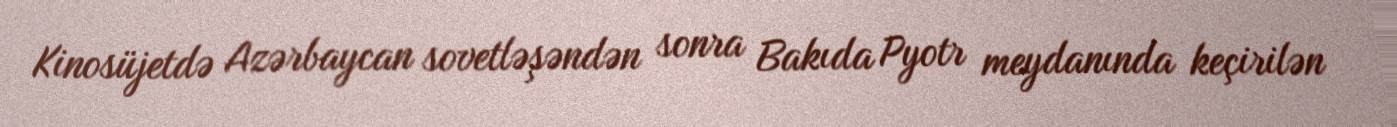
Kinosüjetdə Azərbaycan sovetləşəndən sonra Bakıda Pyotr meydanında keçirilən